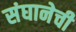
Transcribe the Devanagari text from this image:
संघानेची